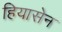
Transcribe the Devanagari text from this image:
हियासेन